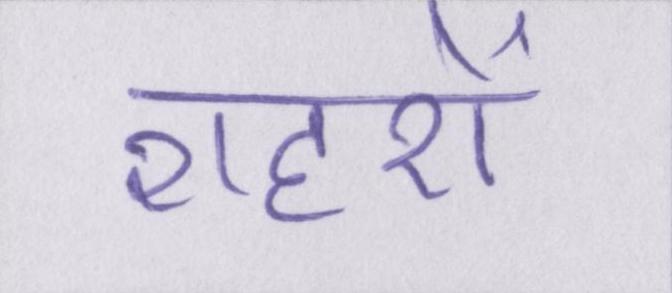
शहरों